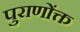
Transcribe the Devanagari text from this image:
पुराणोंक्त